Vaccination in the Punjab 1919-1929 - 1919-1929
Year: 1919
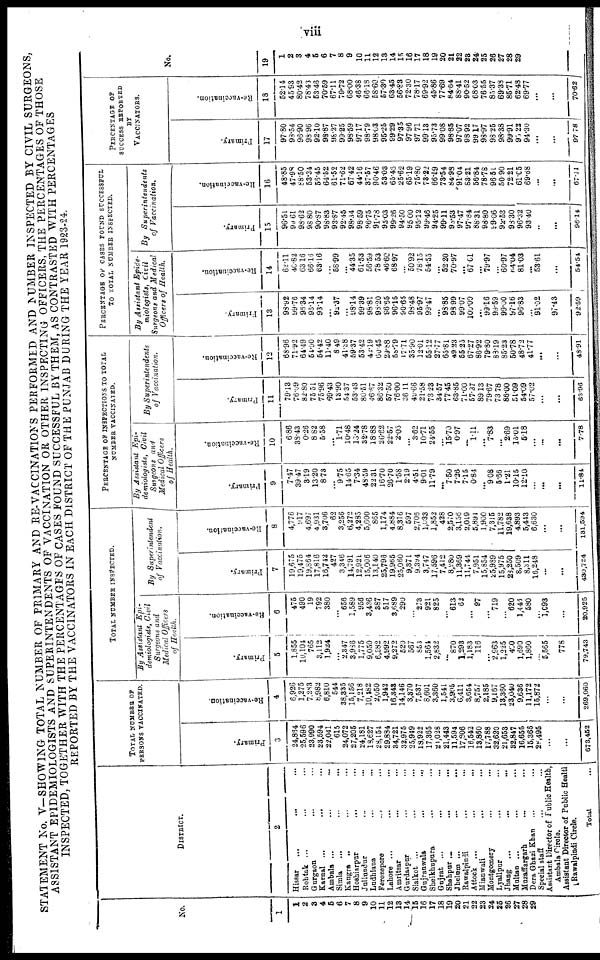
viii
STATEMENT No V—SHOWING TOTAL NUMBER OF PRIMARY AND RE-VACCINATIONS PERFORMED AND NUMBER INSPECTED BY CIVIL SURGEONS,
ASSISTANT EPIDEMIOLOGISTS AND SUPERINTENDENTS OF VACCINATION OR OTHER INSPECTING OFFICERS, THE PERCENTAGES OF THOSE
INSPECTED, TOGETHER WITH THE PERCENTAGES OF CASES FOUND SUCCESSFUL BY THEM, AS CONTRASTED WITH PERCENTAGES
REPORTED BY THE VACCINATORS IN EACH DISTRICT OF THE PUNJAB DURING THE YEAR 1923-24.
No.
1
1
2
3 4
5
6
7
8
9
10
11
12
13
14
15
16
17
18
19
20
21
22
23
24
25
26
27
28
29
DISTRICT.
2
Hissar
... ... ...
Rohtak ... ... ...
Gurgaon ... ... ...
Karnal ...
... ...
Ambala ... ... ...
Simla ... ... ...
Kangra ... ... ...
Hoshiarpur ... ...
Jullundur ... ...
Ludhiana ... ...
Ferozepore ... ...
Lahore ... ... ...
Amritsar ... ...
Gurdaspur ... ...
Sialkot ... ... ...
Gujranwala ... ...
Sheikhupura ... ...
Gujrat ... ... ...
Shahpur ... ... ...
Jhelum ... ... ...
Rawalpindi ... ...
Attock ... ... ...
Mianwali ... ...
Montgomery ... ...
Lyallpur ... ...
Jhang ... ... ...
Multan ... ... ...
Muzaffargarh ... ...
Dera Ghazi Khan ... ...
Special staff ... ...
Assistant Director of Public Health,
Ambala Circle.
Assistant Director of Public Health
Rawalpindi Circle.
Total ...
TOTAL NUMBER OF
PERSONS VACCINATED.
Primary.
3
24,884
25,596
23,990
23,594
22,041
615
24,072
27,205
24,181
18,627
28,154
29,884
34,721
32,975
25,949
18,922
17,365
21,028
21,443
11,594
17,806
16,542
13,860
17,788
32,620
21,653
32,847
16,655
15,366
28,495
...
...
673,452
Re-vaccination.
4
6,926
1,275
7,283
8,982
6,810
544
38,335
15,156
7,218
10,482
2,050
1,942
16,343
14,146
3,370
7,537
8,601
3,360
1,541
3,905
6,411
3,654
8,757
2,185
9,167
13,360
23,040
9,636
11,172
15,872
...
...
269,060
TOTAL NUMBER INSPECTED.
By Assistant Epi-
demiologists, Civil
Surgeons and
Medical Officers
of Health.
Primary.
5
1,855
10,194
765
3,112
1,924
...
2,347
3,986
1,775
9,050
6,282
4,992
9,272
520
567
853
1,564
2,832
...
870
1,293
1,183
116
...
2,963
1,225
400
1,690
1,860
...
5,565
778
79,743
Re-vaccination.
6
475
490
19
792
380
...
656
1,589
956
3,436
387
517
3,689
290
...
273
921
825
...
613
62
...
97
...
719
...
620
1,446
580
...
1,093
...
20,925
By Superintendent
of Vaccination.
Primary.
7
19,675
19,475
19,864
17,816
16,742
427
3,346
14,791
12,921
15,006
13,140
25,793
19,965
25,060
9,371
9,394
3,747
17,596
7,412
8,980
11,369
11,744
7,951
15,854
25,989
15,975
28,250
8,509
8,311
16,248
...
...
430,724
Re-vaccination.
8
4,776
917
4,697
4,931
3,706
62
3,256
6,272
4,285
5,600
865
1,174
4,884
8,316
597
2,705
1,033
1,852
428
2,570
3,156
2,019
5,891
1,900
7,315
11,782
19,638
4,893
5,443
6,630
...
...
131,594
PERCENTAGE OF INSPECTIONS TO TOTAL
NUMBER VACCINATED.
By Assistant Epi-
demiologists, Civil
Surgeons and
Medical Officers
of Health.
Primary.
9
7.47
39.47
3.19
13.20
8.73
...
9.75
14.65
7.34
48.59
22.31
16.70
26.70
1.58
2.19
4.51
9.01
11.79
...
7.50
7.26
7.15
0.84
...
9.08
5.66
1.21
10.15
12.10
...
...
...
11.84
Re-vaccination.
10
6.86
38.43
0.26
8.82
5.58
...
1.71
10.48
13.24
32.78
18.88
26.62
22.57
2.03
...
3.62
10.71
24.55
...
15.70
0.97
...
1.11
...
7.83
...
2.69
15.01
5.18
...
...
...
7.78
By Superintendents
of Vaccination.
Primary.
11
79.13
76.09
82.80
75.51
75.96
69.43
13.90
54.37
53.43
80.51
46.67
86.32
57.50
76.00
36.11
49.66
21.58
73.23
34.57
77.45
63.85
71.00
57.37
89.13
79.67
73.78
86.00
51.09
54.09
57.02
...
...
63.96
Re-vaccination.
12
68.96
71.92
64.49
54.90
54.42
11.40
8.49
41.38
59.37
53.42
42.19
60.45
29.88
58.79
17.71
35.90
12.01
55.12
27.77
65.81
49.23
55.25
67.27
86.92
79.80
88.19
85.23
50.78
48.72
41.77
...
...
48.91
PERCENTAGE OF CASES FOUND SUCCESSFUL
TO TOTAL NUMBER INSPECTED.
By Assistant Epide-
miologists, Civil
Surgeons and Medical
Officers of Health.
Primary.
13
98.92
99.76
96.34
93.14
93.14
...
92.37
...
98.14
99.39
98.81
98.20
96.65
96.15
90.65
98.48
95.97
99.47
...
98.85
98.99
99.07
100.00
...
99.16
99.59
99.00
97.16
96.83
...
91.02
97.43
92.59
Re-vaccination.
14
62.11
40.82
63.16
66.16
63.16
...
58.99
...
44.35
61.53
56.59
78.53
46.60
68.97
...
50.92
78.15
54.55
...
52.20
70.97
...
67.01
...
79.97
...
60.97
64.04
81.03
...
53.61
...
54.54
By
Superintendents
of Vaccination.
Primary.
15
96.51
99.61
98.62
98.80
90.87
98.83
93.87
92.45
98.34
98.59
96.75
91.78
95.03
99.26
94.50
95.00
95.12
99.46
94.25
99.11
98.53
97.47
97.84
88.31
98.80
99.06
92.53
93.30
96.32
93.40
...
...
96.14
Re-vaccination.
16
48.85
47.98
88.50
53.34
56.45
64.52
61.52
71.62
67.42
44.16
37.57
90.46
53.03
65.43
25.62
65.19
75.80
73.22
66.59
73.54
84.98
91.04
83.21
56.84
78.78
96.51
50.90
72.21
61.05
69.68
...
...
67.11
PERCENTAGE OF
SUCCESS REPORTED
BY
VACCINATORS.
Primary.
17
97.80
98.54
96.90
98.96
92.10
98.87
98.27
99.25
98.59
97.17
98.79
98.03
95.25
99.29
97.35
97.96
97.71
99.13
95.73
99.08
98.85
97.07
98.92
99.17
98.97
98.25
98.38
99.91
95.22
94.30
...
...
97.78
Re-vaccination.
18
52.14
45.93
80.42
78.43
53.46
70.59
67.11
79.72
68.00
46.38
66.18
58.60
57.30
63.45
56.83
72.30
78.17
69.92
45.86
77.69
84.64
88.41
90.52
68.03
76.55
85.37
69.38
85.71
62.48
69.77
...
...
70.62
No.
19
1
2
3
4
5
6
7
8
9
10
11
12
13
14
15
16
17
18
19
20
21
22
23
24
25
26
27
28
29